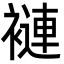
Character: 褳